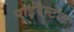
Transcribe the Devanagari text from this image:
पाईरैन्टेल